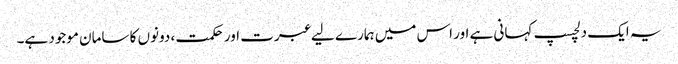
یہ ایک دلچسپ کہانی ہے اور اس میں ہمارے لیے عبرت اور حکمت ، دونوں کا سامان موجود ہے۔